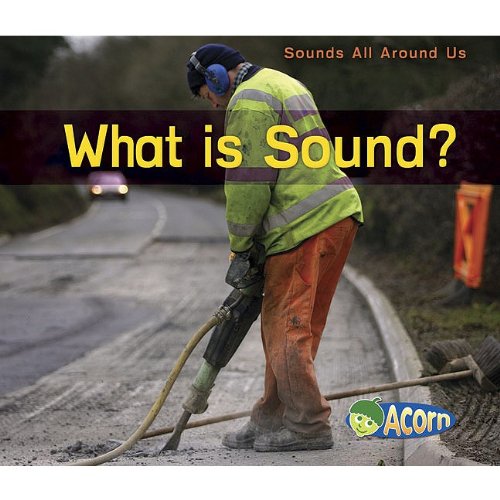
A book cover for What Is Sound? (Sounds All Around Us); Charlotte Guillain; Children's Books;